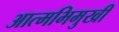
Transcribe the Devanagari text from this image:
आत्मभिमुखी